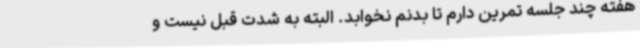
هفته چند جلسه تمرین دارم تا بدنم نخوابد. البته به شدت قبل نیست و